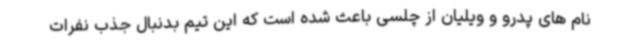
نام های پدرو و ویلیان از چلسی باعث شده است که این تیم بدنبال جذب نفرات